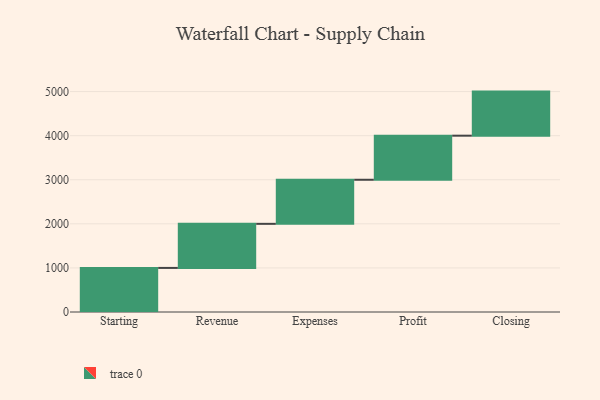
{"axis": {"x": "Step", "y": "Value"}, "legend": [""], "data": [{"x": "Starting", "y": 1000, "type": ""}, {"x": "Revenue", "y": 1000, "type": ""}, {"x": "Expenses", "y": 1000, "type": ""}, {"x": "Profit", "y": 1000, "type": ""}, {"x": "Closing", "y": 1000, "type": ""}]}